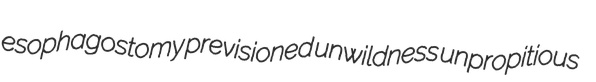
esophagostomy previsioned unwildness unpropitious